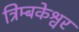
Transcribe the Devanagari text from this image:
त्रिम्बकेश्वर